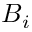
B _ { i }